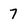
Character: 7